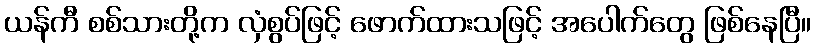
ယန်ကီ စစ်သားတို့က လှံစွပ်ဖြင့် ဖောက်ထားသဖြင့် အပေါက်တွေ ဖြစ်နေပြီ။